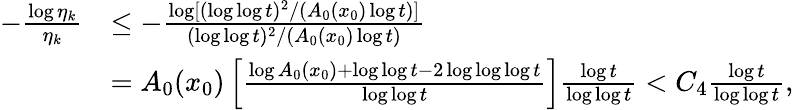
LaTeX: \begin{array}{rl}{-\frac{\log\eta_{k}}{\eta_{k}}}&{\le-\frac{\log[(\log\log t)^{2}/(A_{0}(x_{0})\log t)]}{(\log\log t)^{2}/(A_{0}(x_{0})\log t)}}\\ &{=A_{0}(x_{0})\left[\frac{\log A_{0}(x_{0})+\log\log t-2\log\log\log t}{\log\log t}\right]\frac{\log t}{\log\log t}<C_{4}\frac{\log t}{\log\log t},}\end{array}